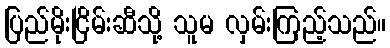
ပြည်မိုးငြိမ်းဆီသို့ သူမ လှမ်းကြည့်သည်။